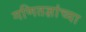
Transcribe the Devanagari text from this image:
गणितज्ञांच्या